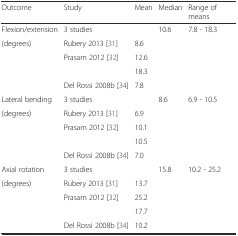
<table><thead><tr><td><b>Outcome</b></td><td><b>Study</b></td><td><b>Mean</b></td><td><b>Median</b></td><td colspan="2"><b>Range of means</b></td></tr></thead><tbody><tr><td>Flexion/extension</td><td>3 studies</td><td></td><td>10.6</td><td>7.8 - 18.3</td><td></td></tr><tr><td>(degrees)</td><td>Rubery 2013 [31]</td><td>8.6</td><td></td><td></td><td></td></tr><tr><td></td><td>Prasarn 2012 [32]</td><td>12.6</td><td></td><td></td><td></td></tr><tr><td></td><td></td><td>18.3</td><td></td><td></td><td></td></tr><tr><td></td><td>Del Rossi 2008b [34]</td><td>7.8</td><td></td><td></td><td></td></tr><tr><td>Lateral bending</td><td>3 studies</td><td></td><td>8.6</td><td>6.9 - 10.5</td><td></td></tr><tr><td>(degrees)</td><td>Rubery 2013 [31]</td><td>6.9</td><td></td><td></td><td></td></tr><tr><td></td><td>Prasarn 2012 [32]</td><td>10.1</td><td></td><td></td><td></td></tr><tr><td></td><td></td><td>10.5</td><td></td><td></td><td></td></tr><tr><td></td><td>Del Rossi 2008b [34]</td><td>7.0</td><td></td><td></td><td></td></tr><tr><td>Axial rotation</td><td>3 studies</td><td></td><td>15.8</td><td>10.2 - 25.2</td><td></td></tr><tr><td>(degrees)</td><td>Rubery 2013 [31]</td><td>13.7</td><td></td><td></td><td></td></tr><tr><td></td><td>Prasarn 2012 [32]</td><td>25.2</td><td></td><td></td><td></td></tr><tr><td></td><td></td><td>17.7</td><td></td><td></td><td></td></tr><tr><td></td><td>Del Rossi 2008b [34]</td><td>10.2</td><td></td><td></td><td></td></tr></tbody></table>